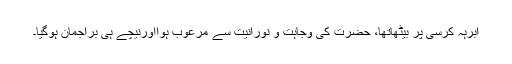
ابرہہ کرسی پر بیٹھاتھا، حضرت کی وجاہت و نورانیت سے مرعوب ہوااورنیچے ہی براجمان ہوگیا۔